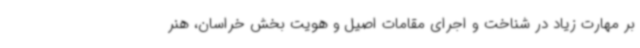
بر مهارت زیاد در شناخت و اجرای مقامات اصیل و هویت بخش خراسان، هنر